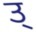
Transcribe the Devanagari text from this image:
उ्